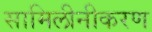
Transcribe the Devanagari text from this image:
सामिलीनीकरण